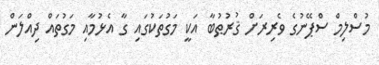
މުސްލިމް ސްޕޭނުގެ ވެރިރަށް ޤުރުޠުބާ އަކީ މަގުތަކުގައި ގާ އެޅުމާއި މަގުތައް ދިއްލަން